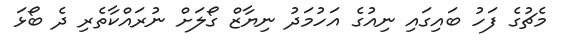
މެޗުގެ ފަހު ބައިގައި ނިއުގެ އަހުމަދު ނިޔާޒް ގޯލަށް ނުރައްކާތެރި ދެ ބޯޅަ